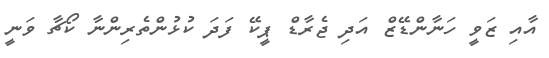
އާއި ޒަވީ ހަނާންޑޭޒް އަދި ޖެރާޑް ޕީކޭ ފަދަ ކުޅުންތެރިންނާ ކޯޗާ ވަނީ